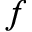
f